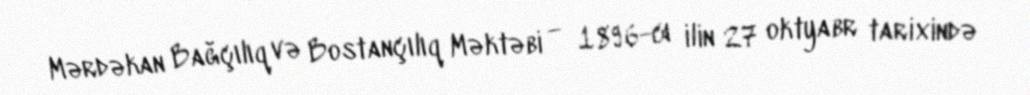
Mərdəkan Bağçılıq və Bostançılıq Məktəbi — 1896-cı ilin 27 oktyabr tarixində